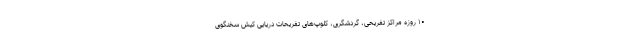
۱۰ روزه مراکز تفریحی، گردشگری، کلوپ‌های تفریحات دریایی کیش سخنگوی